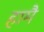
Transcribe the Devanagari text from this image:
हामै